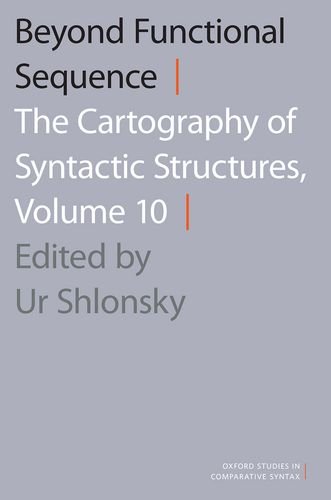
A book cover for Beyond Functional Sequence: The Cartography of Syntactic Structures, Volume 10 (Oxford Studies in Comparative Syntax); Reference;